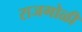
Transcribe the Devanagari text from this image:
राजगोळी